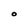
Character: O